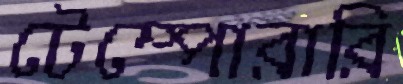
টেম্পোরারি